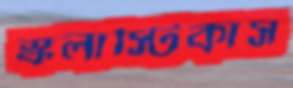
স্কলাস্টিকাস